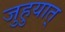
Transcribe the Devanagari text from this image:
जुहुयात्‌